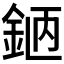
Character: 𨦖